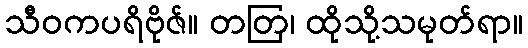
သီဝကပရိဗိုဇ်။ တတြ၊ ထိုသို့သမုတ်ရာ။